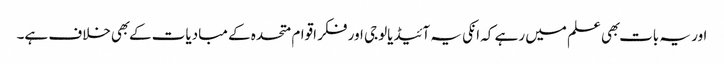
اور یہ بات بهی علم میں رہے کہ انکی یہ آئیڈیالوجی اور فکر اقوام متحده کے مبادیات کے بهی خلاف ہے۔